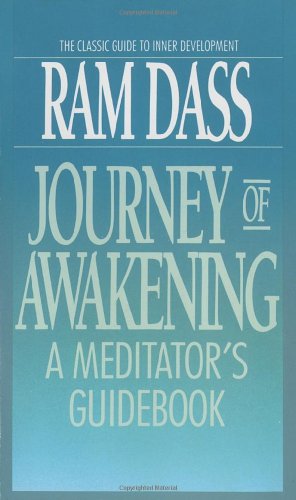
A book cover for Journey of Awakening: A Meditator's Guidebook; Ram Dass; Religion & Spirituality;